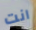
انت